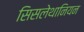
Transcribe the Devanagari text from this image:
सिसलेथानियन